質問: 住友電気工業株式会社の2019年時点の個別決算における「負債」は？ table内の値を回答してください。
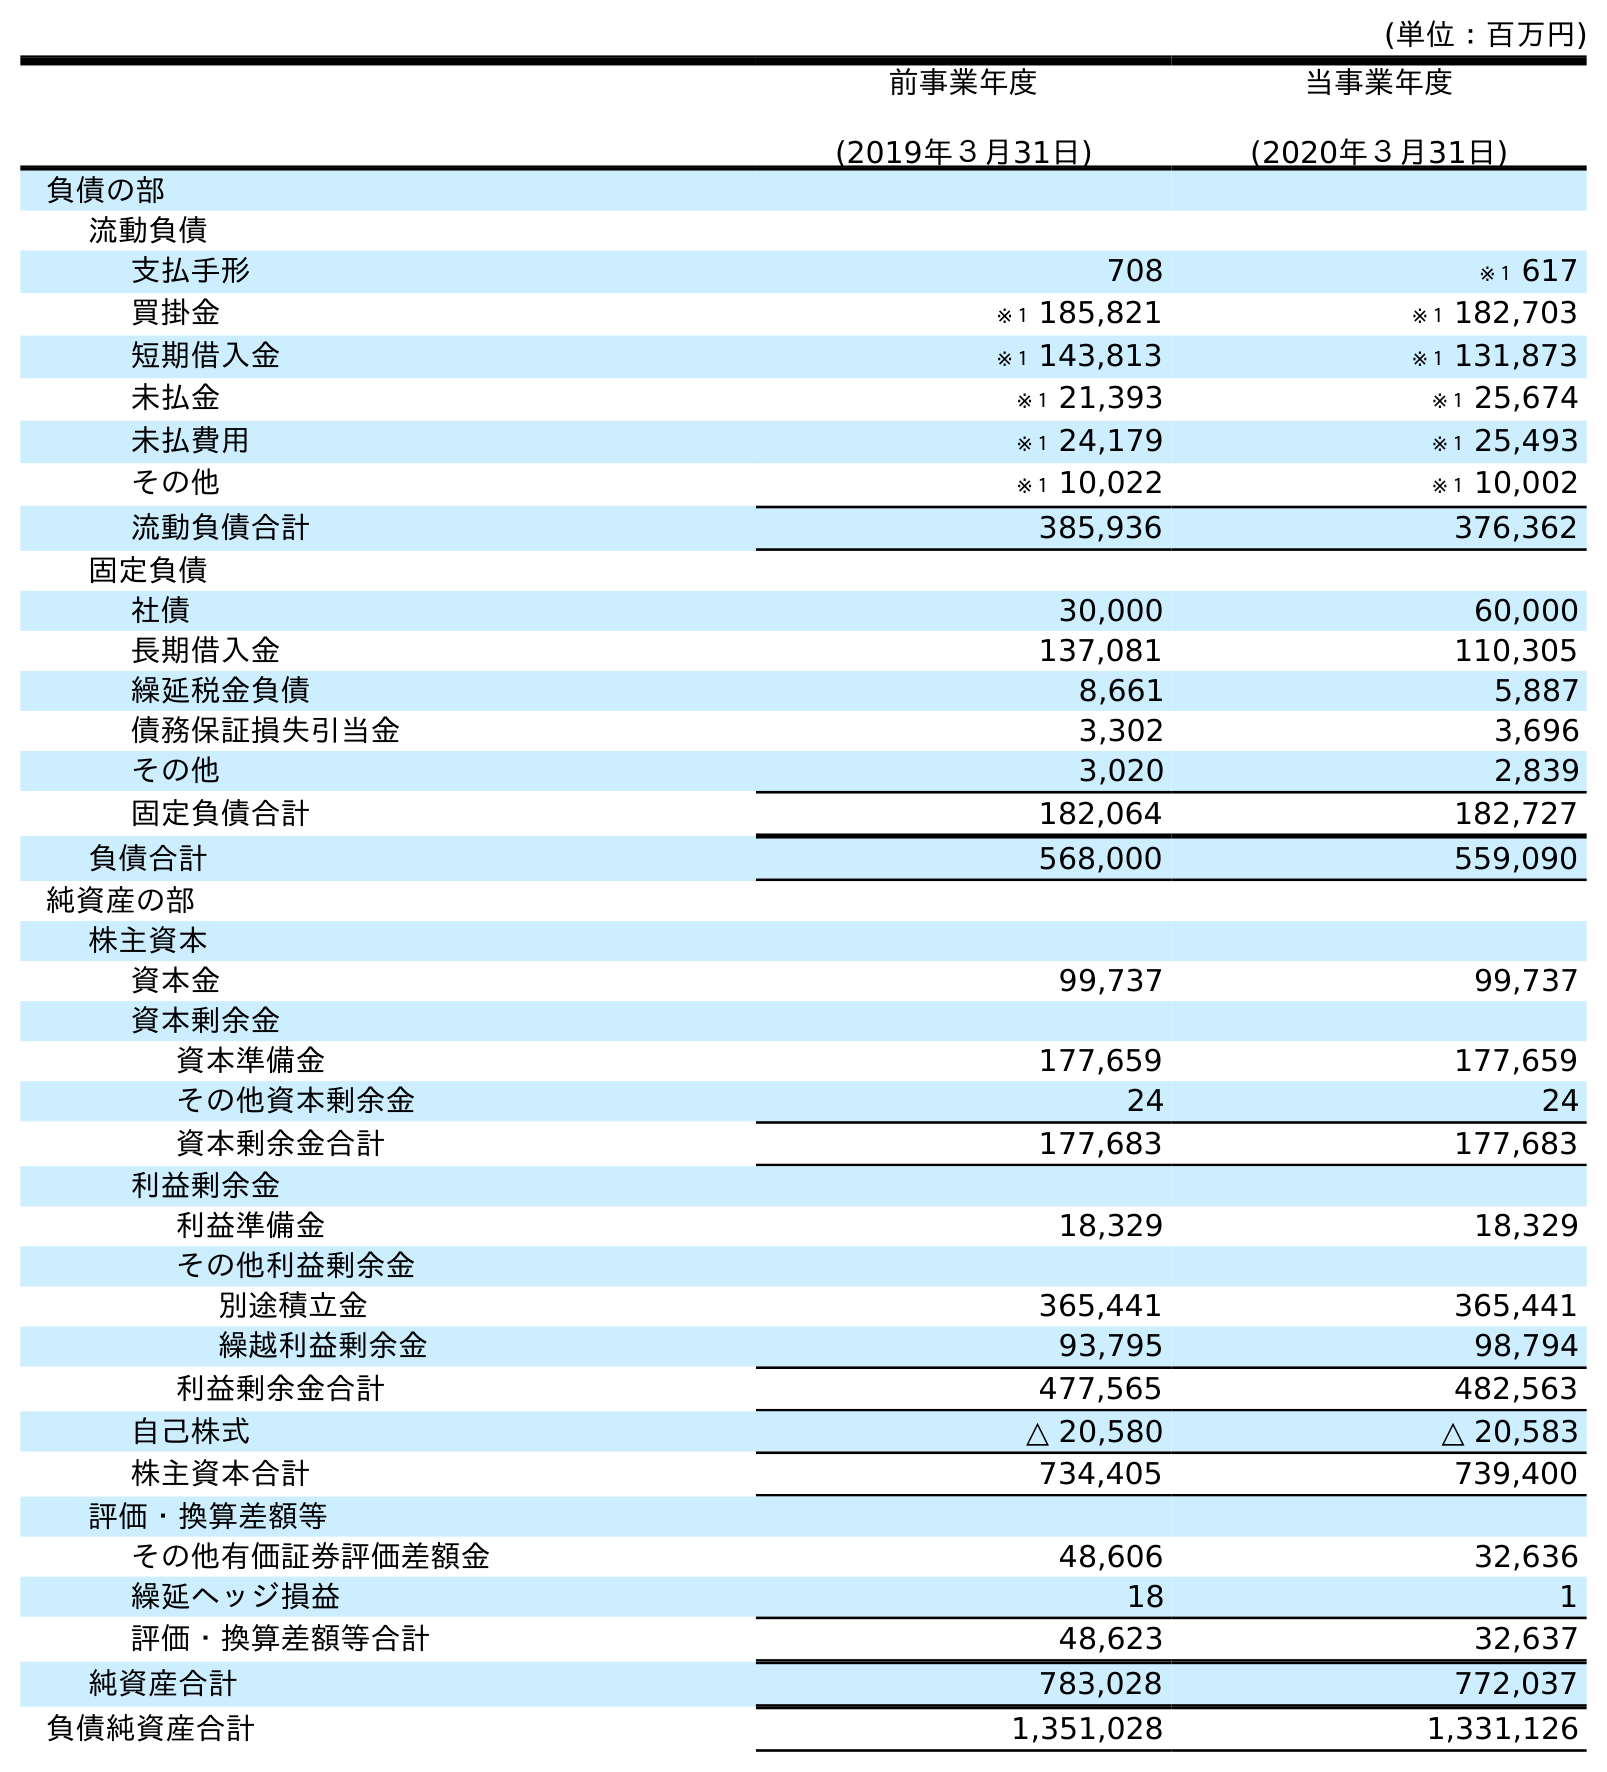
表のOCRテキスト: (単位：百万円) 前事業年度 (2019年３月31日) 当事業年度 (2020年３月31日) 負債の部 流動負債 支払手形 708 ※１ 617 買掛金 ※１ 185,821 ※１ 182,703 短期借入金 ※１ 143,813 ※１ 131,873 未払金 ※１ 21,393 ※１ 25,674 未払費用 ※１ 24,179 ※１ 25,493 その他 ※１ 10,022 ※１ 10,002 流動負債合計 385,936 376,362 固定負債 社債 30,000 60,000 長期借入金 137,081 110,305 繰延税金負債 8,661 5,887 債務保証損失引当金 3,302 3,696 その他 3,020 2,839 固定負債合計 182,064 182,727 負債合計 568,000 559,090 純資産の部 株主資本 資本金 99,737 99,737 資本剰余金 資本準備金 177,659 177,659 その他資本剰余金 24 24 資本剰余金合計 177,683 177,683 利益剰余金 利益準備金 18,329 18,329 その他利益剰余金 別途積立金 365,441 365,441 繰越利益剰余金 93,795 98,794 利益剰余金合計 477,565 482,563 自己株式 △ 20,580 △ 20,583 株主資本合計 734,405 739,400 評価・換算差額等 その他有価証券評価差額金 48,606 32,636 繰延ヘッジ損益 18 1 評価・換算差額等合計 48,623 32,637 純資産合計 783,028 772,037 負債純資産合計 1,351,028 1,331,126
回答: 568,000